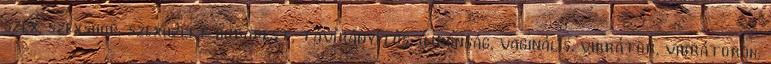
szex, szexshop, szexüzlet budapest, távírányítós, újdonság, vaginális, vibrátor, vibrátorok,